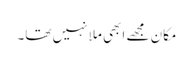
مکان مجھے ابھی ملا نہیں تھا۔